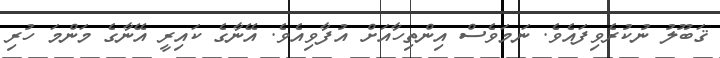
ޤަބޫލު ނުކުރެވިފައެވެ. ނަމަވެސް އިންތިހާއަށް އުފާވިއެވެ. އޭނާގެ ކައިރީ އޭނާގެ މަންމަ ހުރި